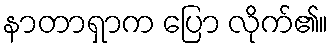
နာတာရှာက ပြော လိုက်၏။